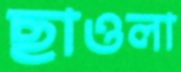
ছাওলা